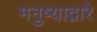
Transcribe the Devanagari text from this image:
मनुष्याद्वारे